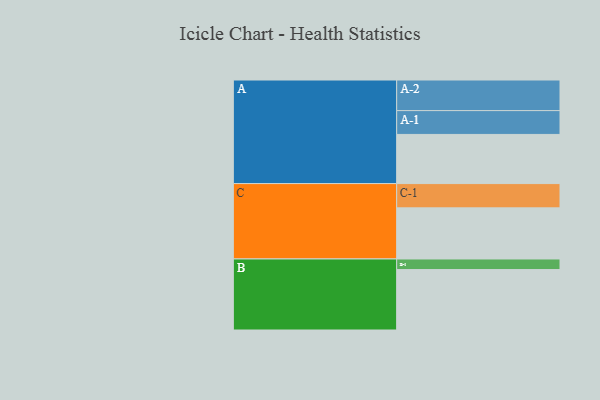
{"axis": {"x": "Segment", "y": "Value"}, "legend": ["", "A", "B", "C"], "data": [{"x": "A", "y": 326, "type": ""}, {"x": "B", "y": 401, "type": ""}, {"x": "C", "y": 339, "type": ""}, {"x": "A-1", "y": 158, "type": "A"}, {"x": "A-2", "y": 203, "type": "A"}, {"x": "B-1", "y": 70, "type": "B"}, {"x": "C-1", "y": 161, "type": "C"}]}